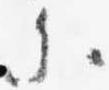
参